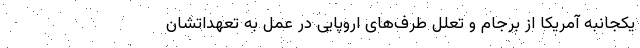
یکجانبه آمریکا از برجام و تعلل طرف‌های اروپایی در عمل به تعهداتشان